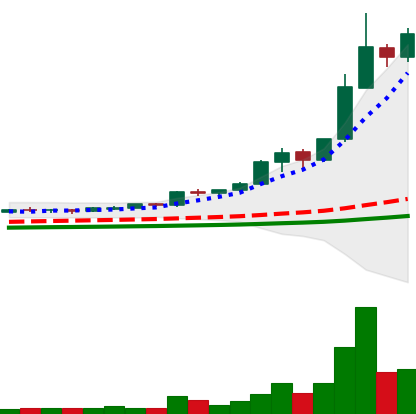
Ticker: BNB-USD
Chart end date: 2021-02-12
Forward return: 20.242%
Label: up_7plus